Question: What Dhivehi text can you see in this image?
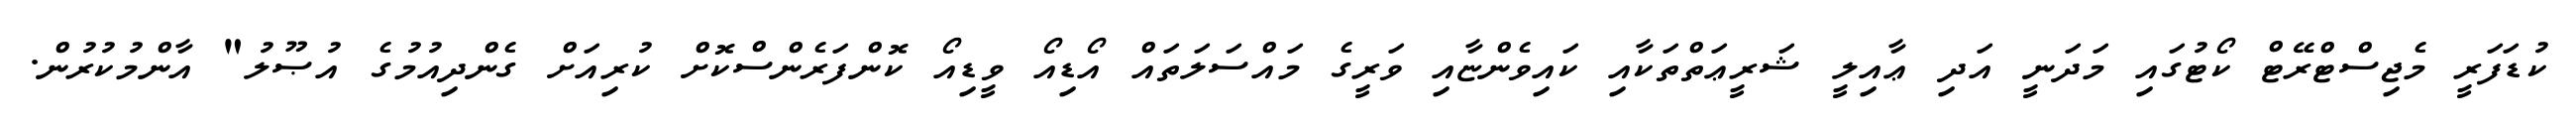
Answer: ކުޑަފަރީ މެޖިސްޓްރޭޓް ކޯޓުގައި މަދަނީ އަދި ޢާއިލީ ޝަރީޢަތްތަކާއި ކައިވެންޏާއި ވަރީގެ މައްސަލަތައް އޯޑިއޯ ވީޑިއޯ ކޮންފަރެންސްކޮށް ކުރިއަށް ގެންދިއުމުގެ އުޞޫލު" އާންމުކުރުން.